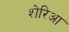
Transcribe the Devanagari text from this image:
शेरिआ